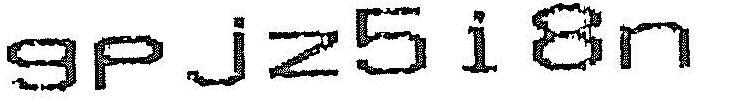
9PJZ5I8N